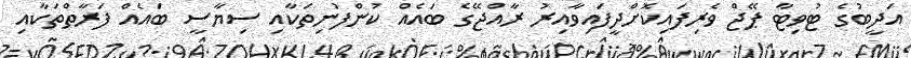
އަދީބުގެ ޓުވިޓާ ޕޭޖް ވެރިފައިކޮށްދީފައިވާއިރު ރާއްޖޭގެ ބައެއް ކުންފުނިތަކާއި ސިޔާސީ ބައެއް ފަރާތްތަކާއި